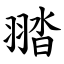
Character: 䎓